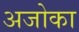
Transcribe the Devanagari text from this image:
अजोका